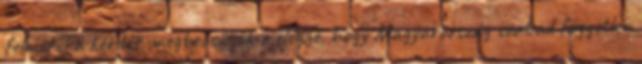
felmerül a kérdés, megbecsüljük-e eléggé, hogy Magyarország szabad független